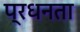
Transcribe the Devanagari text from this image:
प्रधनता